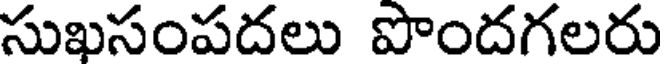
సుఖసంపదలు పొందగలరు